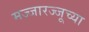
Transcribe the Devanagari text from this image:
मज्जारज्जूच्या